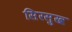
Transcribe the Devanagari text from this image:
सिरसुख